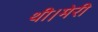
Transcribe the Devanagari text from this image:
थी।मेरी